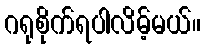
ဂရုစိုက်ရပါလိမ့်မယ်။